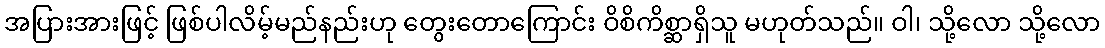
အပြားအားဖြင့် ဖြစ်ပါလိမ့်မည်နည်းဟု တွေးတောကြောင်း ဝိစိကိစ္ဆာရှိသူ မဟုတ်သည်။ ဝါ၊ သို့လော သို့လော